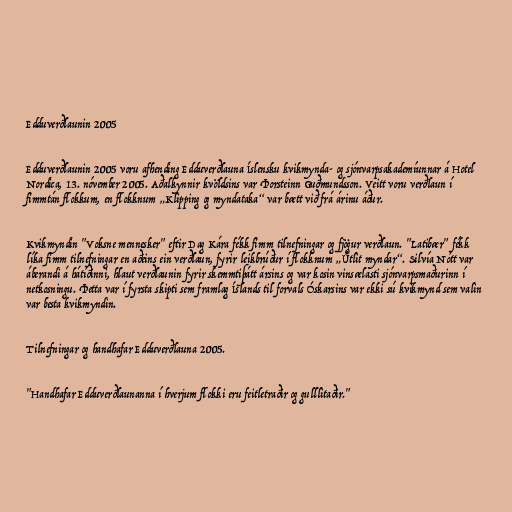
Edduverðlaunin 2005

Edduverðlaunin 2005 voru afhending Edduverðlauna Íslensku kvikmynda- og sjónvarpsakademíunnar á Hotel
Nordica, 13. nóvember 2005. Aðalkynnir kvöldsins var Þorsteinn Guðmundsson. Veitt voru verðlaun í
fimmtán flokkum, en flokknum „Klipping og myndataka“ var bætt við frá árinu áður.

Kvikmyndin "Voksne mennesker" eftir Dag Kára fékk fimm tilnefningar og fjögur verðlaun. "Latibær" fékk
líka fimm tilnefningar en aðeins ein verðlaun, fyrir leikbrúður í flokknum „Útlit myndar“. Silvía Nótt var
áberandi á hátíðinni, hlaut verðlaunin fyrir skemmtiþátt ársins og var kosin vinsælasti sjónvarpsmaðurinn í
netkosningu. Þetta var í fyrsta skipti sem framlag Íslands til forvals Óskarsins var ekki sú kvikmynd sem valin
var besta kvikmyndin.

Tilnefningar og handhafar Edduverðlauna 2005.

"Handhafar Edduverðlaunanna í hverjum flokki eru feitletraðir og gulllitaðir."